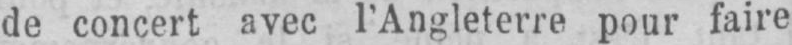
de concert avec l’Angleterre pour faire